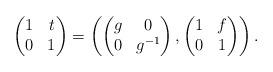
LaTeX: \begin{align*}\begin{pmatrix}1 & t\\0 & 1\end{pmatrix}=\left(\begin{pmatrix}g & 0\\0 & g^{-1}\end{pmatrix},\begin{pmatrix}1 & f\\0 & 1\end{pmatrix}\right).\end{align*}